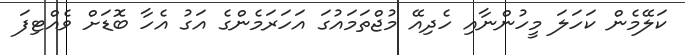
ކަލޭމެން ކަހަލަ މީހުންނާއި ހެދިއޭ މުޖްތަމައުގަ އަހަރަމެންގެ އަގު އެހާ ބޮޑަށް ވެއްޓިފަ